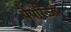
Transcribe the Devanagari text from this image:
पैपारैज्जी